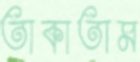
তাকাতাম